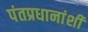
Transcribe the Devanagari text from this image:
पंतप्रधानांशी